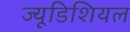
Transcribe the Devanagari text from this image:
ज्यूडिशियल